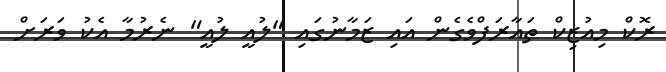
ރޮކް މިއުޒިކް ތައާރަފްވެގެން އައި ޒަމާނުގައި "ލުއީ ލުއީ" ނެރުމާ އެކު ވަރަށް